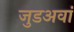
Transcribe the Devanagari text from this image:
जुडअवां